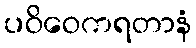
ပဝိဝေကရတာနံ